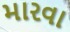
મારવા